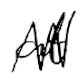
Text: at
Cross-out: zig-zag
Writing tool: digital_black